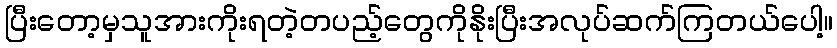
ပြီးတော့မှသူအားကိုးရတဲ့တပည့်တွေကိုနိုးပြီးအလုပ်ဆက်ကြတယ်ပေါ့။